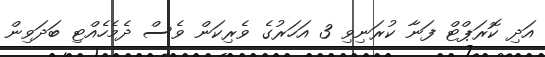
އަދި ކޮރަޕްޓް ފަނާ ކުރަނިވި 3 އަހަރުގެ ވެރިކަން ވެސް ދެމެހެއްޓި ބަދަވިން